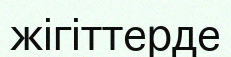
жігіттерде